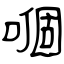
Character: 嗰